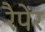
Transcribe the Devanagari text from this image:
रैपेर